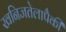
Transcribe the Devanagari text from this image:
खनिजतेलापैकी